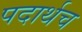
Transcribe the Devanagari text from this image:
पदार्थच